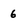
Character: 6